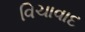
વિચાવાદ